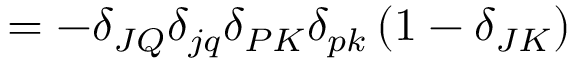
= - \delta _ { J Q } \delta _ { j q } \delta _ { P K } \delta _ { p k } \left( 1 - \delta _ { J K } \right)